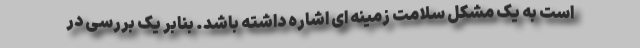
است به یک مشکل سلامت زمینه ای اشاره داشته باشد. بنابر یک بررسی در